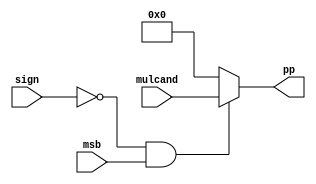
module BoothPPG_32R4_MSB(mulcand,msb,sign,pp);
input wire[31:0] mulcand;
input wire msb;
input wire sign;

output wire[31:0] pp;

assign pp = ((sign == 0)&&(msb == 1))? mulcand : 32'b0;
    
endmodule